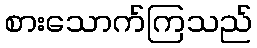
စားသောက်ကြသည်